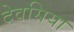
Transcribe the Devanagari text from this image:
देवसिया